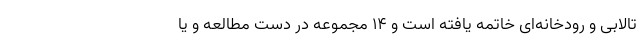
تالابی و رودخانه‌ای خاتمه یافته است و ۱۴ مجموعه در دست مطالعه و یا